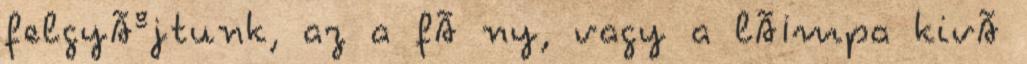
felgyÃºjtunk, az a fÃ ny, vagy a lÃ¡mpa kivÃ